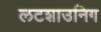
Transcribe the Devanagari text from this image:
लटशाउनिग